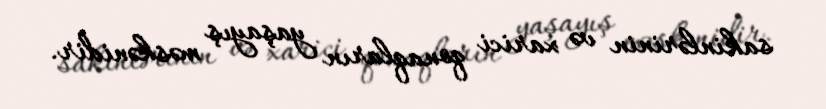
sakinlərinin və xarici qonaqların yaşayış məskənidir.